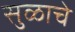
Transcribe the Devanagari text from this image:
सुळाचे